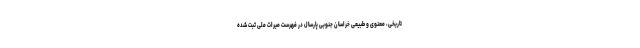
تاریخی، معنوی و طبیعی خراسان جنوبی پارسال در فهرست میراث ملی ثبت شده